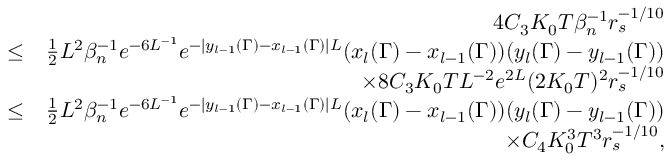
\begin{array} { r l r } & { } & { 4 C _ { 3 } K _ { 0 } T \beta _ { n } ^ { - 1 } r _ { s } ^ { - 1 \slash 1 0 } } \\ & { \leq } & { \frac { 1 } { 2 } L ^ { 2 } \beta _ { n } ^ { - 1 } e ^ { - 6 L ^ { - 1 } } e ^ { - | y _ { l - 1 } ( \Gamma ) - x _ { l - 1 } ( \Gamma ) | L } ( x _ { l } ( \Gamma ) - x _ { l - 1 } ( \Gamma ) ) ( y _ { l } ( \Gamma ) - y _ { l - 1 } ( \Gamma ) ) } \\ & { } & { \times 8 C _ { 3 } K _ { 0 } T L ^ { - 2 } e ^ { 2 L } ( 2 K _ { 0 } T ) ^ { 2 } r _ { s } ^ { - 1 \slash 1 0 } } \\ & { \leq } & { \frac { 1 } { 2 } L ^ { 2 } \beta _ { n } ^ { - 1 } e ^ { - 6 L ^ { - 1 } } e ^ { - | y _ { l - 1 } ( \Gamma ) - x _ { l - 1 } ( \Gamma ) | L } ( x _ { l } ( \Gamma ) - x _ { l - 1 } ( \Gamma ) ) ( y _ { l } ( \Gamma ) - y _ { l - 1 } ( \Gamma ) ) } \\ & { } & { \times C _ { 4 } K _ { 0 } ^ { 3 } T ^ { 3 } r _ { s } ^ { - 1 \slash 1 0 } , } \end{array}